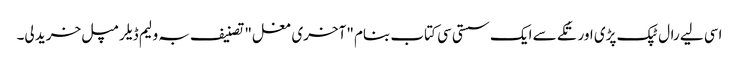
اسی لیے رال ٹپک پڑی اور تُکے سے ایک سستی سی کتاب بنام "آخری مغل" تصنیف بہ ولیم ڈیلرمپل خرید لی۔